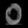
Digit: ၀